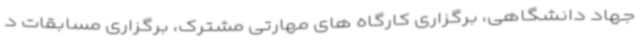
جهاد دانشگاهی، برگزاری کارگاه های مهارتی مشترک، برگزاری مسابقات د